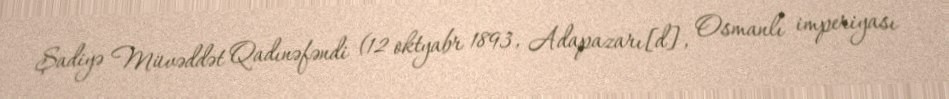
Şadiyə Müvəddət Qadınəfəndi (12 oktyabr 1893, Adapazarı[d], Osmanlı imperiyası